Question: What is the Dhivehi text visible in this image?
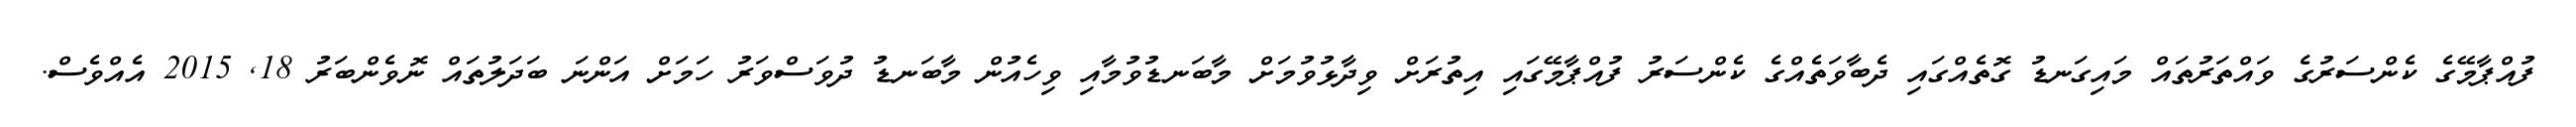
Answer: ފުއްޕާމޭގެ ކެންސަރުގެ ވައްތަރުތައް މައިގަނޑު ގޮތެއްގައި ދެބާވަތެއްގެ ކެންސަރު ފުއްޕާމޭގައި އިތުރަށް ވިދާޅުވުމަށް މާބަނޑުވުމާއި ވިހެއުން މާބަނޑު ދުވަސްވަރު ހަމަށް އަންނަ ބަދަލުތައް ނޮވެންބަރު 18, 2015 އެއްވެސް.